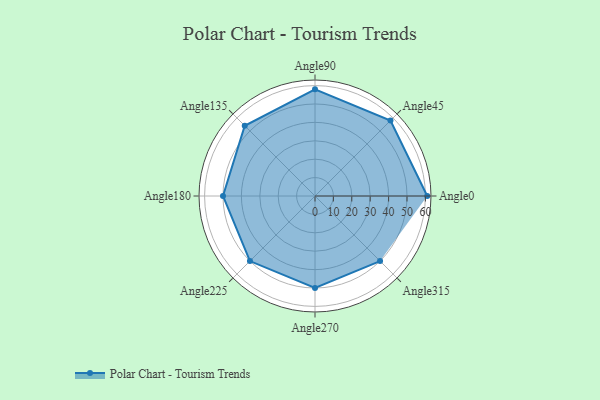
{"axis": {"x": "Angle", "y": "Radius"}, "legend": [""], "data": [{"x": "Angle0", "y": 61.0, "type": ""}, {"x": "Angle45", "y": 58.0, "type": ""}, {"x": "Angle90", "y": 58.0, "type": ""}, {"x": "Angle135", "y": 54.0, "type": ""}, {"x": "Angle180", "y": 50.0, "type": ""}, {"x": "Angle225", "y": 50, "type": ""}, {"x": "Angle270", "y": 50, "type": ""}, {"x": "Angle315", "y": 50, "type": ""}]}